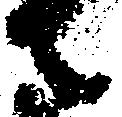
者